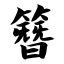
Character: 簪